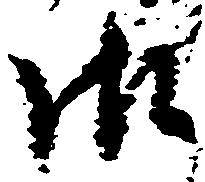
御